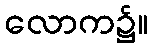
လောက၌။